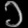
Digit: ၁